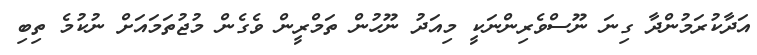
އަދާކުރަމުންދާ ގިނަ ނޫސްވެރިންނަކީ މިއަދު ނޫހުން ތަމްރީން ވެގެން މުޖުތަމައަށް ނުކުމެ ތިބި